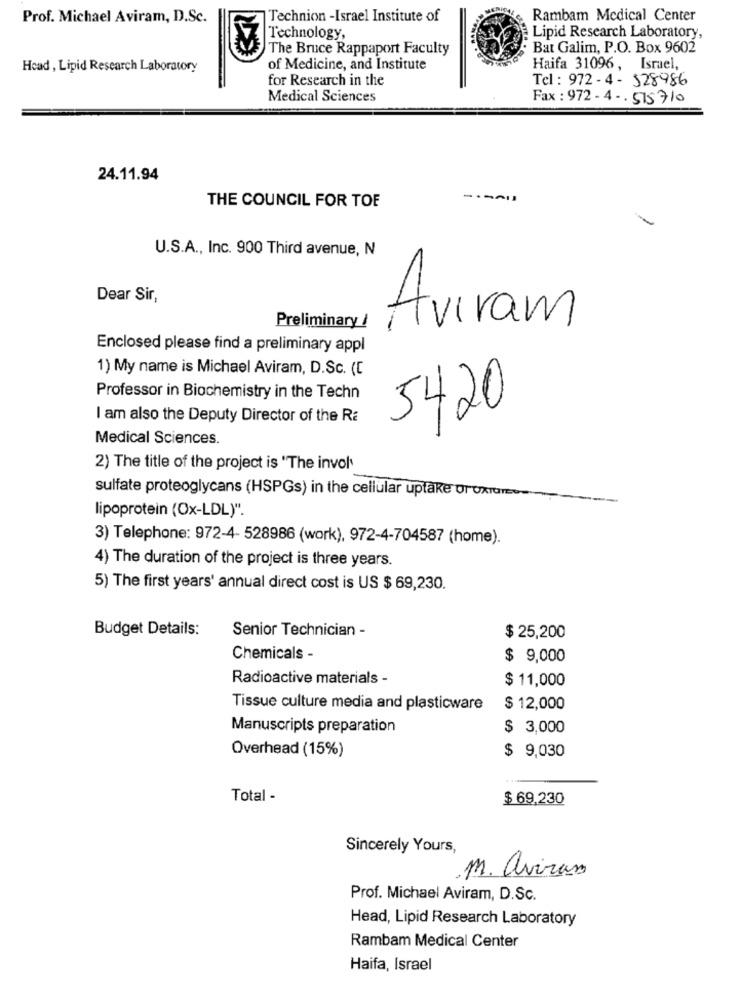
Prof. Michael Aviram, D.Sc.
Technion -Israel Institute of
Rambam Medical Center
Technology,
Lipid Research Laboratory,
The Bruce Rappaport Faculty
Bat Galim, P.O. Box 9602
Head , Lipid Research Laboratory
of Medicine, and Institute
Haifa 31096 , Israel,
for Research in the
Tel: 972-4- 528986
Medical Sciences
Fax : 972- 4- 515710
24.11.94
THE COUNCIL FOR TOF
U.S.A ., Inc. 900 Third avenue, N
Dear Sir,
Aviram
Preliminary /
Enclosed please find a preliminary appl
1) My name is Michael Aviram, D.Sc. (C
Professor in Biochemistry in the Techn
5420
I am also the Deputy Director of the Ra
Medical Sciences.
2) The title of the project is "The invol'
sulfate proteoglycans (HSPGs) in the cellular uptake or UxTUIEN =-
lipoprotein (Ox-LDL)".
3) Telephone: 972-4- 528986 (work), 972-4-704587 (home).
4) The duration of the project is three years.
5) The first years' annual direct cost is US $ 69,230.
Budget Details:
Senior Technician -
$ 25,200
Chemicals -
$ 9,000
Radioactive materials -
$ 11,000
Tissue culture media and plasticware
$ 12,000
Manuscripts preparation
$ 3,000
Overhead (15%)
$ 9,030
Total -
$ 69,230
Sincerely Yours,
M. aviram
Prof. Michael Aviram, D.Sc.
Head, Lipid Research Laboratory
Rambam Medical Center
Haifa, Israel